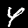
Digit: 4